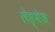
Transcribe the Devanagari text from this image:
लेङ्वेज